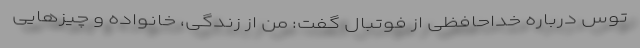
توس درباره خداحافظی از فوتبال گفت: من از زندگی، خانواده و چیزهایی